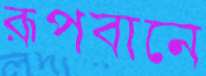
রূপবানে